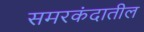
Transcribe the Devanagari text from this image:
समरकंदातील